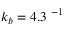
k _ { b } = 4 . 3 ~ \AA ^ { - 1 }